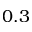
0 . 3